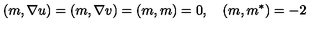
( m , \nabla u ) = ( m , \nabla v ) = ( m , m ) = 0 , \quad ( m , m ^ { * } ) = - 2